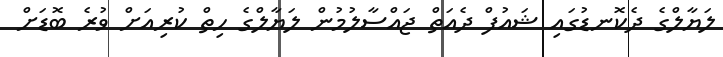
ލަޔާލްގެ ދެކޮނޑުގައި ޝައުފް ދެއަތް ޖައްސާލުމުން ލަޔާލްގެ ހިތް ކުރިއަށް ވުރެ ބޮޑަށް